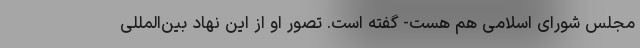
مجلس شورای اسلامی هم هست- گفته است. تصور او از این نهاد بین‌المللی